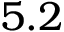
5 . 2